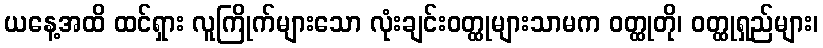
ယနေ့အထိ ထင်ရှား လူကြိုက်များသော လုံးချင်းဝတ္ထုများသာမက ဝတ္ထုတို၊ ဝတ္ထုရှည်များ၊